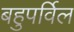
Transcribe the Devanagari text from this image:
बहुपर्विल